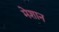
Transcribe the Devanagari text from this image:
मेशान